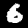
Digit: 6